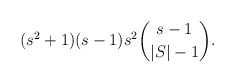
\begin{align*} (s^2+1)(s-1)s^2\binom{s-1}{|S|-1}. \end{align*}